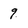
Character: 9